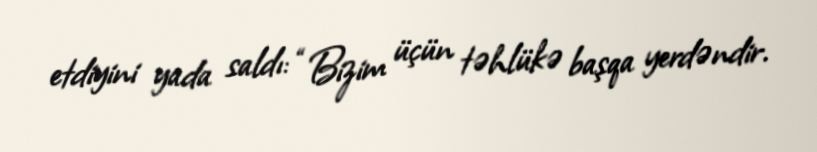
etdiyini yada saldı: “Bizim üçün təhlükə başqa yerdəndir.